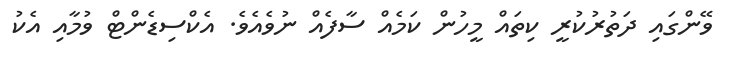
ވޭންގައި ދަތުރުކުރީ ކިތައް މީހުން ކަމެއް ސާފެއް ނުވެއެވެ. އެކްސިޑެންޓް ވުމާއި އެކު